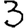
Digit: 3